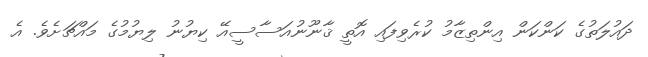
ދައުލަތުގެ ކަންކަން އިންތިޒާމު ކުރެވިފައި އޮތީ ޤާނޫނުއަސާސީއޭ ކިޔުނު ލިޔުމުގެ މައްޗަށެވެ. އެ